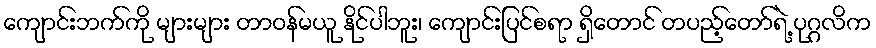
ကျောင်းဘက်ကို များများ တာဝန်မယူ နိုင်ပါဘူး၊ ကျောင်းပြင်စရာ ရှိတောင် တပည့်တော်ရဲ့ ပုဂ္ဂလိက